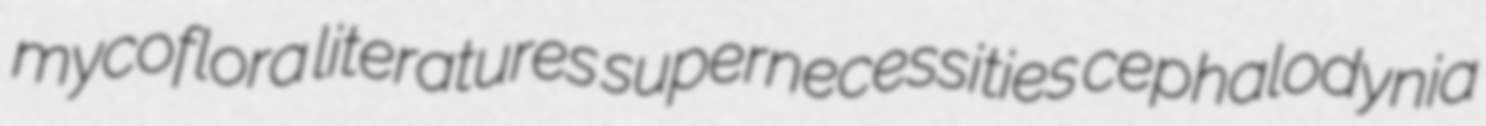
mycoflora literatures supernecessities cephalodynia